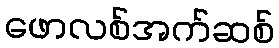
ဖောလစ်အက်ဆစ်